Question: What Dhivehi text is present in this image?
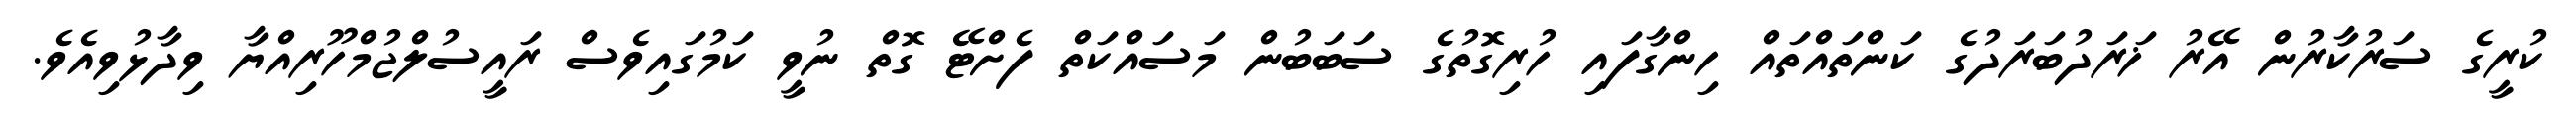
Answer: ކުރީގެ ސަރުކާރުން އޭރު ޚަރަދުބަރަދުގެ ކަންތައްތައް ހިންގާފައި ހުރިގޮތުގެ ސަބަބުން މަސައްކަތް ފެށްޓޭ ގޮތް ނުވީ ކަމުގައިވެސް ރައީސުލްޖުމްހޫރިއްޔާ ވިދާޅުވިއެވެ.